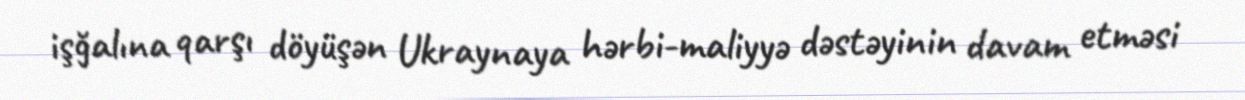
işğalına qarşı döyüşən Ukraynaya hərbi-maliyyə dəstəyinin davam etməsi